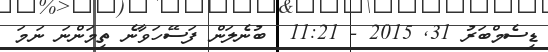
ޑިސެމްބަރު 31